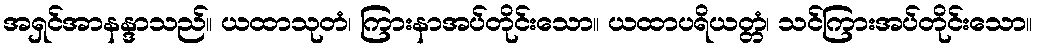
အရှင်အာနန္ဒာသည်။ ယထာသုတံ၊ ကြားနာအပ်တိုင်းသော။ ယထာပရိယတ္တံ၊ သင်ကြားအပ်တိုင်းသော။